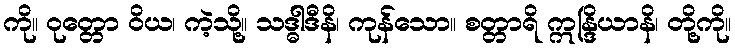
ကို။ ဝုတ္တော ဝိယ၊ ကဲ့သို့။ သဒ္ဓါဒီနိ၊ ကုန်သော။ စတ္တာရိ ဣန္ဒြိယာနိ၊ တို့ကို။